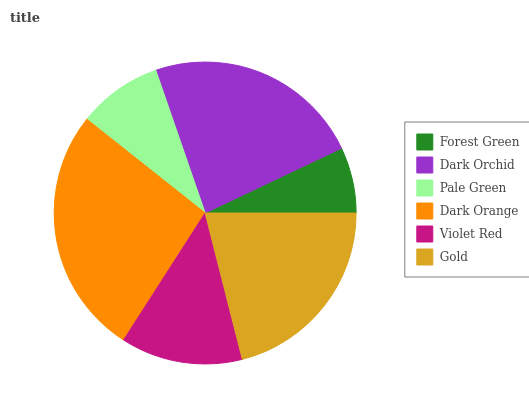
| Forest Green | Dark Orchid | Pale Green | Dark Orange | Violet Red | Gold |
 | --- | --- | --- | --- | --- | --- |
 | 7.05% | 23.2% | 9.04% | 26.6% | 13% | 21% |